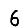
Digit: 6